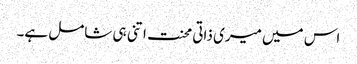
اس میں میری ذاتی محنت اتنی ہی شامل ہے۔